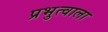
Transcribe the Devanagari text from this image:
प्रभुत्वाला